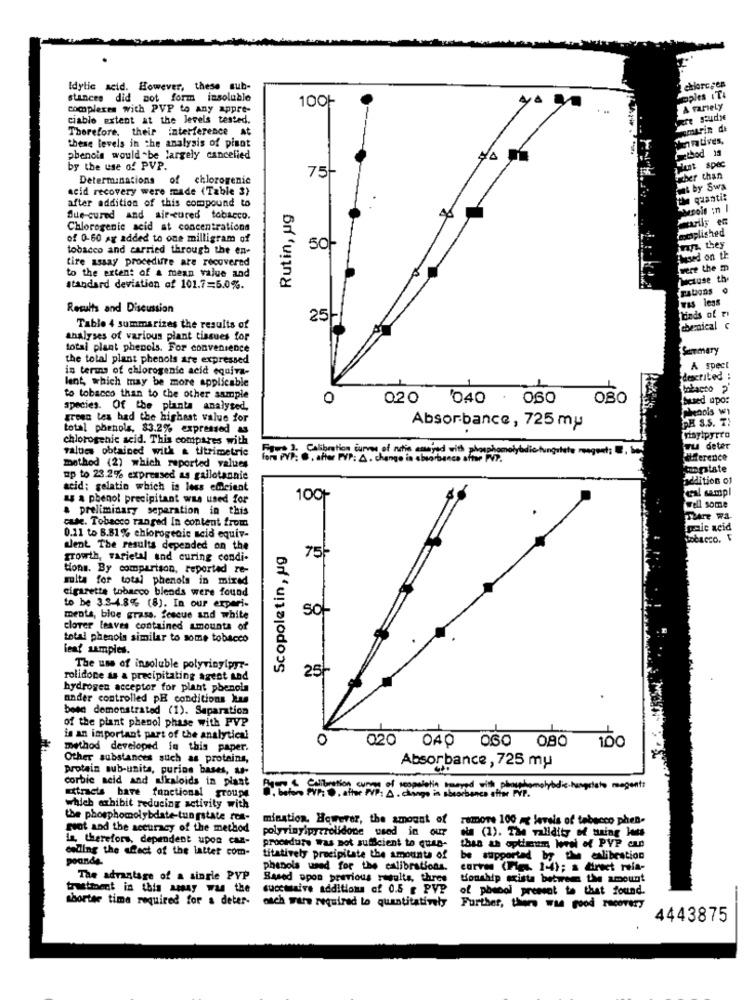
Idylic acid. However, these sub-
chlorcses
stances did not form insoluble
100-
complexes with PVP to Any appre-
A ramely
ciable extent at the levels tested.
Therefore, their interference at
omarin de
these levels in the analysis of pinot
method 13
phenoin would -be largely cancelied
by the use of PVP.
75-
hut spec
Determinations
of chlorogenic
other than
acid recovery were made (Table 3)
Fiat by Swa
after addition of this compound to
quanti:
Rutin, ug
Blue-cured and air-cured tobacco.
Chlorogenic acid at concentrations
moplished
of 0-60 ag added to one milligram of
O
tobacco and carried through the en-
jan. they
tire assay procedure are recovered
Phased on th
to the extent of a mean value and
were the m
standard deviation of 101.7=5.0%.
Cations
Results and Discussion
25
lainds of
Table 4 summarizes the results of
chenical
analyses of various plant tissues for
total plant phenols. For convenience
Sammmary
the total plant phenols are expressed
in terms of chlorogenic acid equiva-
A spect
lent, which may be more applicable
described :
U
to tobacco than to the other sample
0
020
'040
060
080
Sued upo:
species. Of the planta analysed,
green tea had the highest value for
GH S.S. T!
total phenols, 83.2% expressed as
Absorbance, 725 my
chlorogenic acid. This compares with
nisylpyrto
values obtained with & titrimetric
·Calibration curves of nitie canyed with phosphomolybdie tungulets magent
wu deter
for PVP. .. after PVP: À . change in absorbance after PVP.
difference
method (2) which reported values
topstate
up to 23.2% expressed as gallotannie
addition of
acid; gelatin which is less emcient
cal sampl
a$ $ phenol precipitant was used for
100
well some
a preliminary seperation in this
cute. Tobacco ranged In content from
There WI
pale acid
0.11 to B.81% chlorogenic scid equiv-
Tobacco.
went The results depended on the
Scopoletin, ug
growth, varietal and curing condi-
75;
tions. By comparison, reported re-
suite for total phenols in mixed
cigarette tobacco blends were found
to be 3.3-4.8% (8). In our experi-
so-
ments, blue grass, fescue and white
clover leaves contained amounts of
total phenois similar to some tobacco
leaf samples.
The use of insoluble polyvinylpyr-
25
rolidone as a precipitating agent and
hydrogen acceptor for plant phenols
nader controlled pH conditions kus
been demonstrated (1). Separation
of the plant phenol phase with PVP
is an important part of the analytical
0
020
method developed in this paper.
040 060 080 100
Other substances such as protains,
protein sub-unita, purina bases, as-
Absorbance , 725 my
corbie seid and ukaloids in plant
attracts bare functional groupe
Calibration cunas of seppolation neared with peachomolybdie. hanprieto magents
which exhibit reducing activity with
the phosphomolybdate-tungstate res-
nination. However, the amount of
rumore 100 a levels of tebecco phen-
foot and the accuracy of the method
polyvinylpyrrolidone used in our
In, therefore, dependent upon can-
die (1). The validity of sing loss
colling the afect of the latter com-
proordure was not sufficient to ques-
than an optimum Www of PVP cun
poande.
titatively precipitate the amounts of
be supported by the enlibestion
phenols used for the calibrations.
CorYM (FIEL 1-4); a direct rela-
The advantage of a single PVP
Based upon previous results, three
Conship exista between the amount
trustment in this amay was the
succmaive additions of 0.5 g PVP
of phenol presset to that found.
shorter time required for a deter-
osch wars required to quantitatively
Further, there was good recovery
4443875